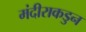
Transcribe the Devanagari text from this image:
मंदीराकडुन